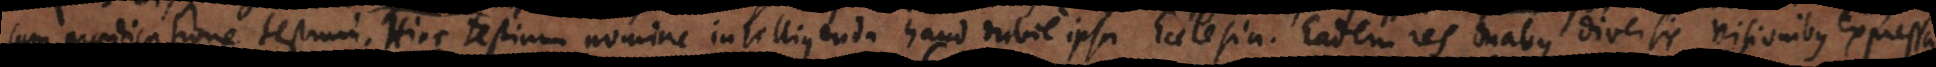
cum praedicatione testium. Hinc testium nomine intelligenda haud dubie ipsa Ecclesia. Eadem res duabus diversis visionibus expressa.